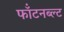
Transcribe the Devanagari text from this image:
फॉंटनब्ल्ट